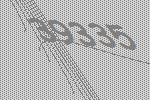
39335